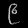
Digit: ၉